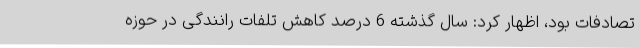
تصادفات بود، اظهار کرد: سال گذشته 6 درصد کاهش تلفات رانندگی در حوزه